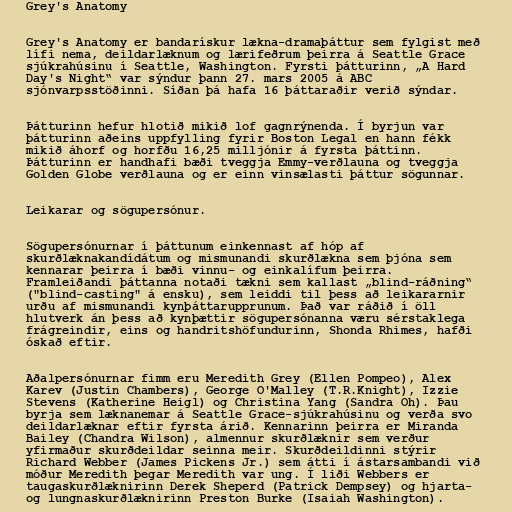
Grey's Anatomy

Grey's Anatomy er bandarískur lækna-dramaþáttur sem fylgist með
lífi nema, deildarlæknum og lærifeðrum þeirra á Seattle Grace
sjúkrahúsinu í Seattle, Washington. Fyrsti þátturinn, „A Hard
Day's Night“ var sýndur þann 27. mars 2005 á ABC
sjónvarpsstöðinni. Síðan þá hafa 16 þáttaraðir verið sýndar.

Þátturinn hefur hlotið mikið lof gagnrýnenda. Í byrjun var
þátturinn aðeins uppfylling fyrir Boston Legal en hann fékk
mikið áhorf og horfðu 16,25 milljónir á fyrsta þáttinn.
Þátturinn er handhafi bæði tveggja Emmy-verðlauna og tveggja
Golden Globe verðlauna og er einn vinsælasti þáttur sögunnar.

Leikarar og sögupersónur.

Sögupersónurnar í þáttunum einkennast af hóp af
skurðlæknakandídátum og mismunandi skurðlækna sem þjóna sem
kennarar þeirra í bæði vinnu- og einkalífum þeirra.
Framleiðandi þáttanna notaði tækni sem kallast „blind-ráðning“
("blind-casting" á ensku), sem leiddi til þess að leikararnir
urðu af mismunandi kynþáttarupprunum. Það var ráðið í öll
hlutverk án þess að kynþættir sögupersónanna væru sérstaklega
frágreindir, eins og handritshöfundurinn, Shonda Rhimes, hafði
óskað eftir.

Aðalpersónurnar fimm eru Meredith Grey (Ellen Pompeo), Alex
Karev (Justin Chambers), George O'Malley (T.R.Knight), Izzie
Stevens (Katherine Heigl) og Christina Yang (Sandra Oh). Þau
byrja sem læknanemar á Seattle Grace-sjúkrahúsinu og verða svo
deildarlæknar eftir fyrsta árið. Kennarinn þeirra er Miranda
Bailey (Chandra Wilson), almennur skurðlæknir sem verður
yfirmaður skurðdeildar seinna meir. Skurðdeildinni stýrir
Richard Webber (James Pickens Jr.) sem átti í ástarsambandi við
móður Meredith þegar Meredith var ung. Í liði Webbers er
taugaskurðlæknirinn Derek Sheperd (Patrick Dempsey) og hjarta-
og lungnaskurðlæknirinn Preston Burke (Isaiah Washington).